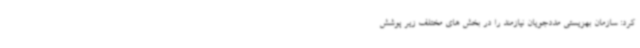
کرد: سازمان بهزیستی مددجویان نیازمند را در بخش های مختلف زیر پوشش